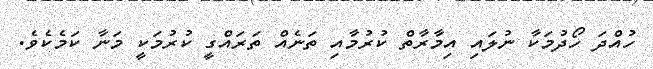
ހުއްދަ ހޯދުމަކާ ނުލައި އިމާރާތް ކުރުމާއި ތަނެއް ތަރައްގީ ކުރުމަކީ މަނާ ކަމެކެވެ.